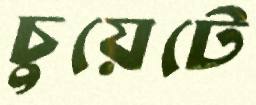
চুয়েটে